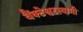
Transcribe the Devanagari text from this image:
वैंक्टेश्वरस्वामी